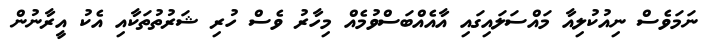
ނަމަވެސް ނިއުކުލިއާ މައްސަލައިގައި އާއެއްބަސްވުމެއް މިހާރު ވެސް ހުރި ޝަރުތުތަކާއި އެކު އީރާނުން